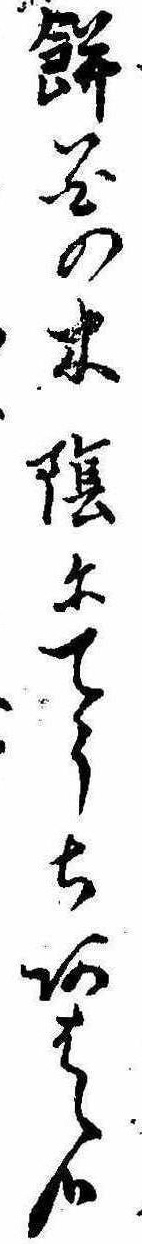
餅花の木陰にてうちあはゝ哉